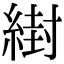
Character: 䋽